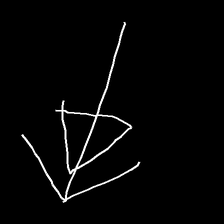
Glyph: pull